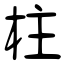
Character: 柱